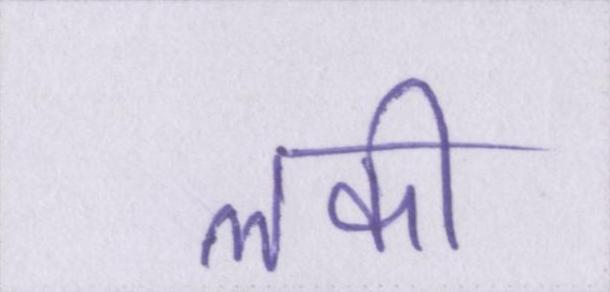
लकी